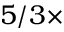
5 / 3 \times